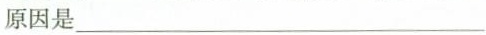
原因是___